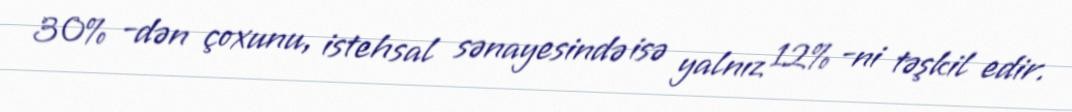
30% -dən çoxunu, istehsal sənayesində isə yalnız 12% -ni təşkil edir.